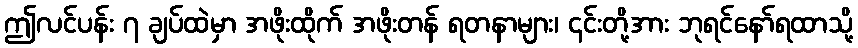
ဤလင်ပန်း ၇ ချပ်ထဲမှာ အဖိုးထိုက် အဖိုးတန် ရတနာများ၊ ၎င်းတို့အား ဘုရင်နော်ရထာသို့